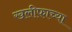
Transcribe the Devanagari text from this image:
खलीफाच्या